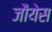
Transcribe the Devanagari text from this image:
जौयेस